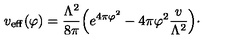
v _ { \mathrm { e f f } } ( \varphi ) = { \frac { \Lambda ^ { 2 } } { 8 \pi } } \Bigl ( e ^ { 4 \pi \varphi ^ { 2 } } - 4 \pi \varphi ^ { 2 } { \frac { v } { \Lambda ^ { 2 } } } \Bigr ) \cdotp